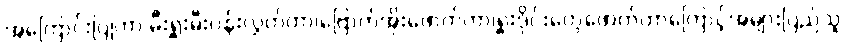
အကြောင်းပြုကာ မီးရှူးမီးပန်းလွှတ်တာ၊ဗြောက်အိုးဖောက်တာ၊ရှူးဒိုင်းတွေဖောက်တာကြောင့်အများပြည်သူ